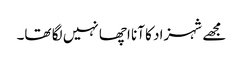
مجھے شہزاد کا آنا اچھا نہیں لگا تھا۔